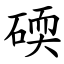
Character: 碝